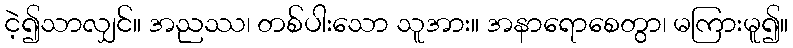
ငဲ့၍သာလျှင်။ အညဿ၊ တစ်ပါးသော သူအား။ အနာရောစေတွာ၊ မကြားမူ၍။